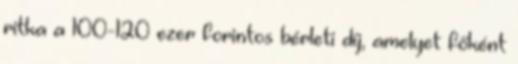
ritka a 100-120 ezer forintos bérleti díj, amelyet főként